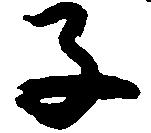
子